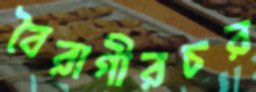
বৈরাগীরচর